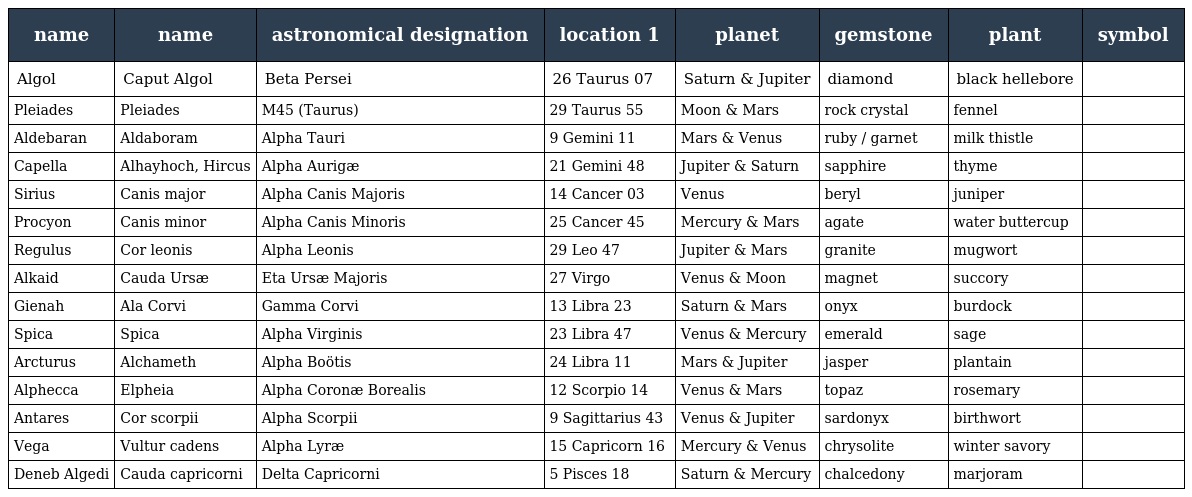
| name | name | astronomical designation | location 1 | planet | gemstone | plant | symbol |
 | --- | --- | --- | --- | --- | --- | --- | --- |
 | Algol | Caput Algol | Beta Persei | 26 Taurus 07 | Saturn & Jupiter | diamond | black hellebore |  |
 | Pleiades | Pleiades | M45 (Taurus) | 29 Taurus 55 | Moon & Mars | rock crystal | fennel |  |
 | Aldebaran | Aldaboram | Alpha Tauri | 9 Gemini 11 | Mars & Venus | ruby / garnet | milk thistle |  |
 | Capella | Alhayhoch, Hircus | Alpha Aurigæ | 21 Gemini 48 | Jupiter & Saturn | sapphire | thyme |  |
 | Sirius | Canis major | Alpha Canis Majoris | 14 Cancer 03 | Venus | beryl | juniper |  |
 | Procyon | Canis minor | Alpha Canis Minoris | 25 Cancer 45 | Mercury & Mars | agate | water buttercup |  |
 | Regulus | Cor leonis | Alpha Leonis | 29 Leo 47 | Jupiter & Mars | granite | mugwort |  |
 | Alkaid | Cauda Ursæ | Eta Ursæ Majoris | 27 Virgo | Venus & Moon | magnet | succory |  |
 | Gienah | Ala Corvi | Gamma Corvi | 13 Libra 23 | Saturn & Mars | onyx | burdock |  |
 | Spica | Spica | Alpha Virginis | 23 Libra 47 | Venus & Mercury | emerald | sage |  |
 | Arcturus | Alchameth | Alpha Boötis | 24 Libra 11 | Mars & Jupiter | jasper | plantain |  |
 | Alphecca | Elpheia | Alpha Coronæ Borealis | 12 Scorpio 14 | Venus & Mars | topaz | rosemary |  |
 | Antares | Cor scorpii | Alpha Scorpii | 9 Sagittarius 43 | Venus & Jupiter | sardonyx | birthwort |  |
 | Vega | Vultur cadens | Alpha Lyræ | 15 Capricorn 16 | Mercury & Venus | chrysolite | winter savory |  |
 | Deneb Algedi | Cauda capricorni | Delta Capricorni | 5 Pisces 18 | Saturn & Mercury | chalcedony | marjoram |  |